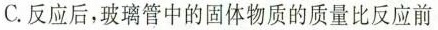
C.反应后，玻璃管中的固体物质的质量比反应前